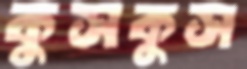
কুসকুস